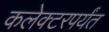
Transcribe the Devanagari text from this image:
कलेक्टरपर्यंत